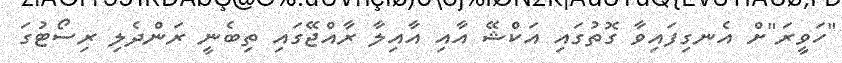
"ހަވީރަ"ށް އެނގިފައިވާ ގޮތުގައި އަކްޝޭ އާއި އާއިލާ ރާއްޖޭގައި ތިބެނީ ރަންދެލި ރިސޯޓުގަ